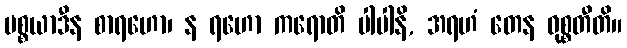
ပစ္စယာဒီန စာရဟော၊ န ရဟော ကရောတိ ပါပါနိ, အရဟံ တေန ဝုစ္စတီတိ။